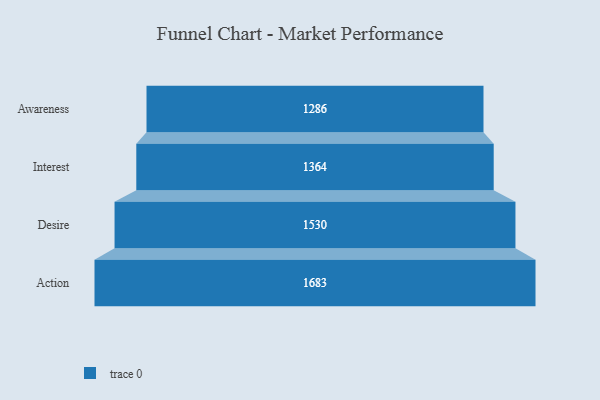
{"axis": {"x": "Stage", "y": "Value"}, "legend": [""], "data": [{"x": "Awareness", "y": 1286.0, "type": ""}, {"x": "Interest", "y": 1364.0, "type": ""}, {"x": "Desire", "y": 1530.0, "type": ""}, {"x": "Action", "y": 1683.0, "type": ""}]}